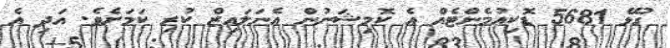
ގުޅޭ 5681 ޑޮކިއުމެންޓެއް އެ ކޮމިޝަނުން އެނަލައިޒް ކުރި ކަމަށެވެ. އަދި އެ